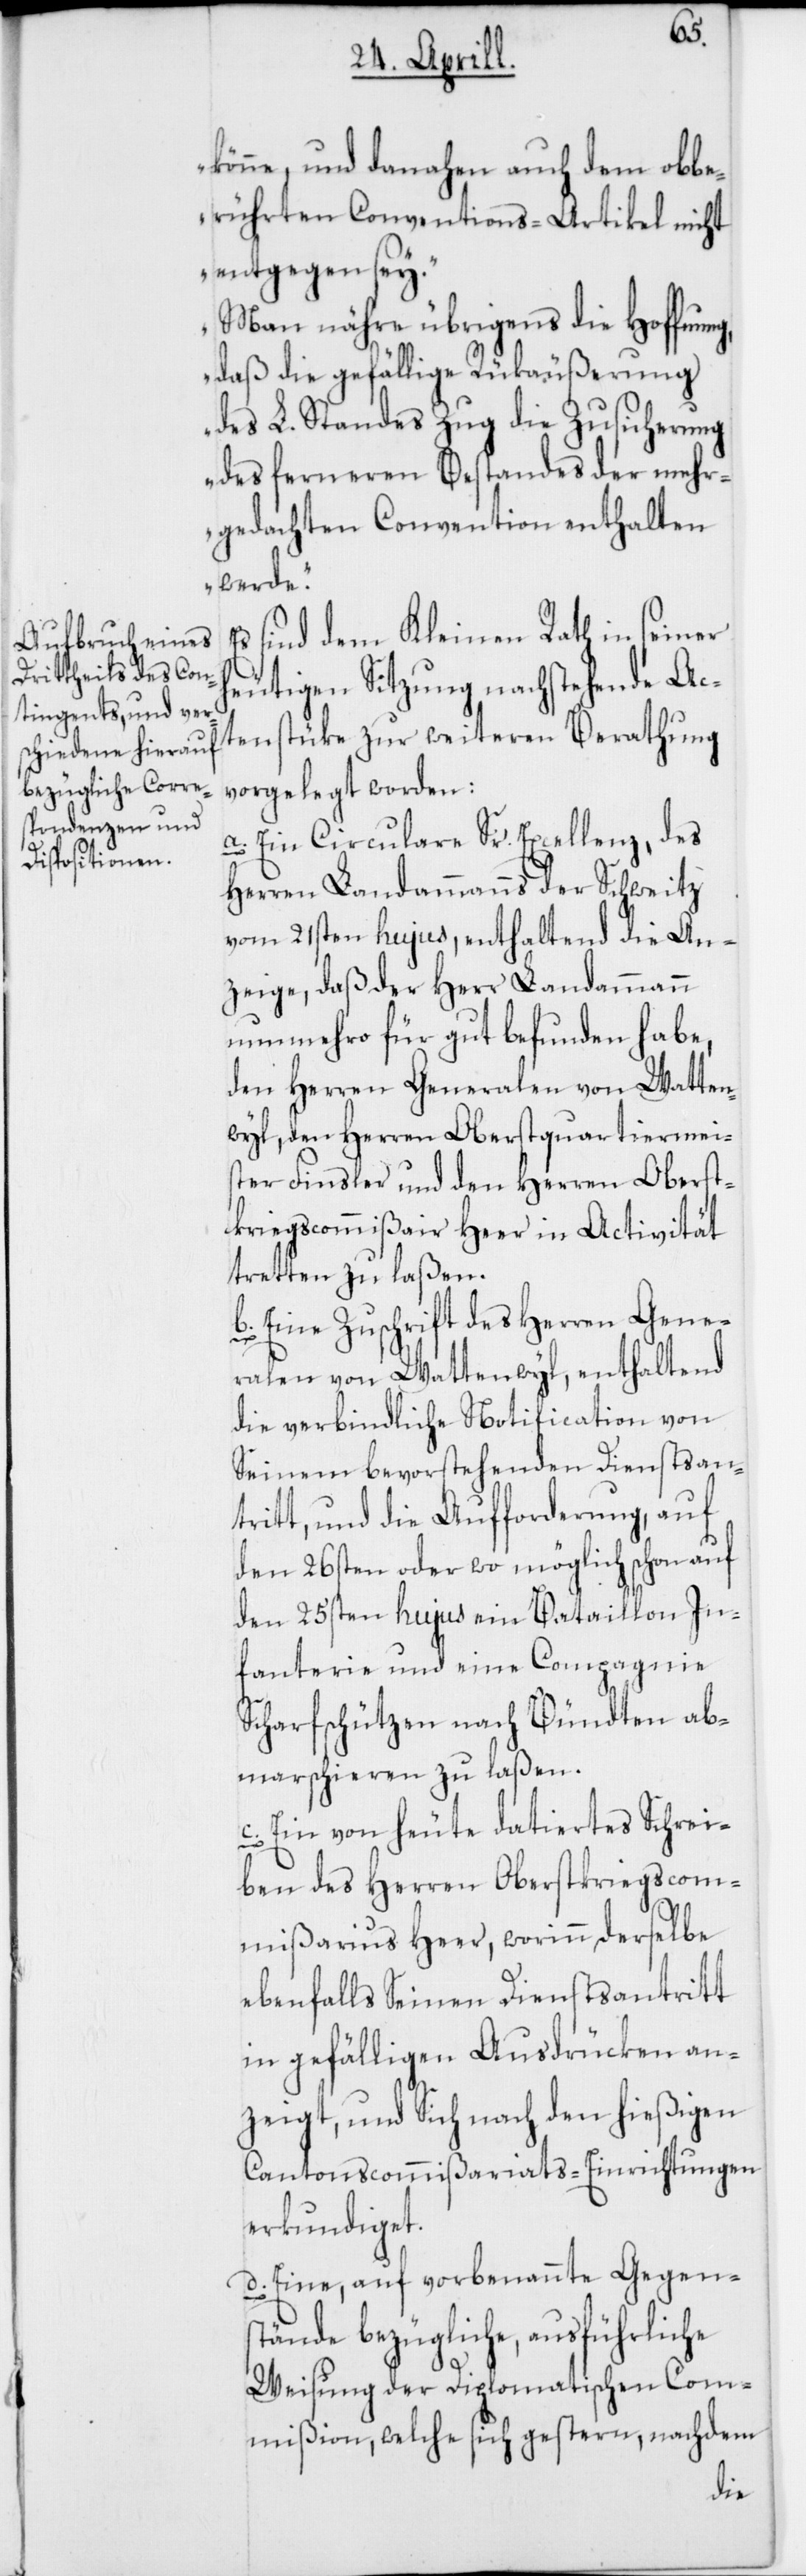
könne, und danahen auch dem obbe¬
rührten Conventions-Artikel nicht
entgegen sey.
Man nähre übrigens die Hoffnung,
daß die gefällige Rükäußerung
des L. Standes Zug die Zusicherung
des ferneren Bestandes der mehr¬
gedachten Convention enthalten
werde.“
sind dem Kleinen Rath in seiner
heutigen Sitzung nachstehende Ac¬
tenstüke zur weiteren Berathung
vorgelegt worden:
a. Ein Circulare Sr. Excellenz, des
Herren Landammanns der Schweitz
vom 21sten hujus, enthaltend die An¬
zeige, daß der Herr Landammann
nunmehro für gut befunden habe,
den Herren Generalen von Watten¬
wyl, den Herren Oberstquartiermei¬
ster Finsler und den Herren Oberst¬
kriegscommißair Heer in Activität
tretten zu laßen.
b. Eine Zuschrift des Herren Gene¬
ralen von Wattenwyl, enthaltend
die verbindliche Notification von
Seinem bevorstehenden Dienstan¬
tritt und die Aufforderung, auf
den 26sten oder womöglich schon auf
den 25sten hujus ein Bataillon In¬
fanterie und eine Compagnie
Scharfschützen nach Bündten ab¬
marschieren zu laßen.
c. Ein von heute datiertes Schrei¬
ben des Herren Oberstkriegscom¬
mißarius Heer, worinn derselbe
ebenfalls Seinen Dienstantritt
in gefälligen Ausdrücken an¬
zeigt, und Sich nach den hießigen
Cantonscommißariats-Einrichtungen
erkundiget.
d. Eine, auf vorbenannte Gegen¬
stände bezügliche, ausführliche
Weisung der Diplomatischen Com¬
mißion, welche sich gestern, nachdem